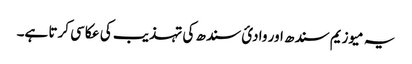
یہ میوزیم سندھ اور وادئ سندھ کی تہذیب کی عکاسی کرتا ہے۔